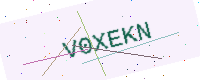
Text: V0XEKN